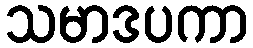
သမာဒပကာ